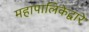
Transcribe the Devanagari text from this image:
महापालिकेद्वारे